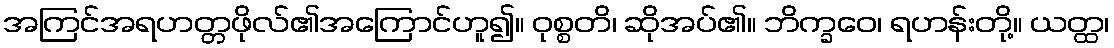
အကြင်အရဟတ္တဖိုလ်၏အကြောင်ဟူ၍။ ဝုစ္စတိ၊ ဆိုအပ်၏။ ဘိက္ခဝေ၊ ရဟန်းတို့။ ယတ္ထ၊